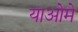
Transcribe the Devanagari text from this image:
याओमे